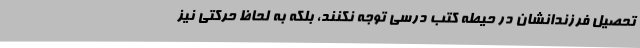
تحصیل فرزندانشان در حیطه کتب درسی توجه نکنند، بلکه به لحاظ حرکتی نیز